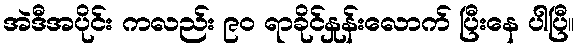
အဲဒီအပိုင်း ကလည်း ၉၀ ရာခိုင်နှုန်းလောက် ပြီးနေ ပါပြီ။